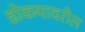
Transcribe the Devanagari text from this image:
डोकयावरील